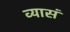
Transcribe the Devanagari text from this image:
व्यासं